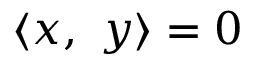
\langle x , \ y \rangle = 0